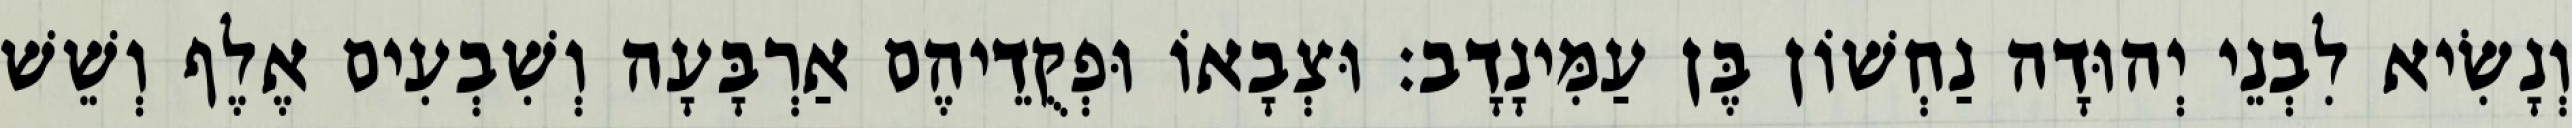
וְנָשִׂיא לִבְנֵי יְהוּדָה נַחְשׁוֹן בֶּן עַמִּינָדָב׃ וּצְבָאוֹ וּפְקֻדֵיהֶם אַרְבָּעָה וְשִׁבְעִים אֶלֶף וְשֵׁשׁ